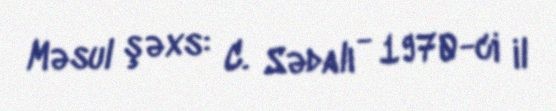
Məsul şəxs: C. Sədalı - 1970-ci il